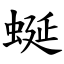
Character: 蜒